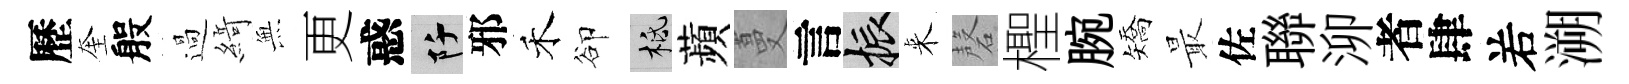
歷奎般過𦂶𭴾更惑阡邪禾卻柢蘋蔓言振来磬檉腕矯最佐聯泖者肆𠰥溯